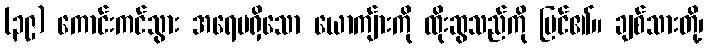
(၃၉) ကောင်းကင်သွား အရေမရှိသော ယောကျ်ားကို ထိုးဆွသည်ကို မြင်၏။ ချစ်သားတို့၊